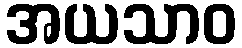
အယသာဝ